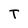
Character: T